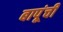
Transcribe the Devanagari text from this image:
बापूंची